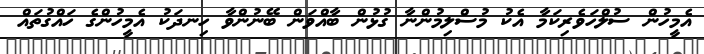
އެމީހުން ސުލްހަވެރިކަމާ އެކު މުސްލިމުންނާ ގުޅުން ބާއްވަން ބޭނުންވާ ހިނދަކު އެމީހުންގެ ހައްގުތައް